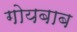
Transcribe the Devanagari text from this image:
गोयबाब